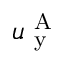
u _ { \mathrm { ~ y ~ } } ^ { \mathrm { ~ A ~ } }